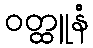
ဝတ္ထူနံ